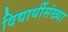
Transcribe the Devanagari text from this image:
विद्यार्थीसंख्या